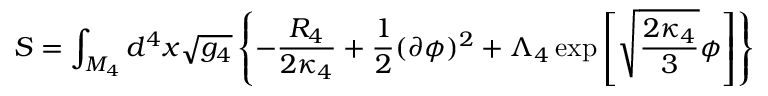
{ \cal S } = \int _ { M _ { 4 } } d ^ { 4 } x \sqrt { g _ { 4 } } \left\{ - \frac { R _ { 4 } } { 2 \kappa _ { 4 } } + \frac { 1 } { 2 } ( \partial \phi ) ^ { 2 } + \Lambda _ { 4 } \exp \left[ \sqrt { \frac { 2 \kappa _ { 4 } } { 3 } } \phi \right] \right\}